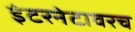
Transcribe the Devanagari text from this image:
इंटरनेटावरच